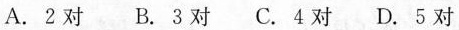
A.2对 B.3对 C.4对 D.5对